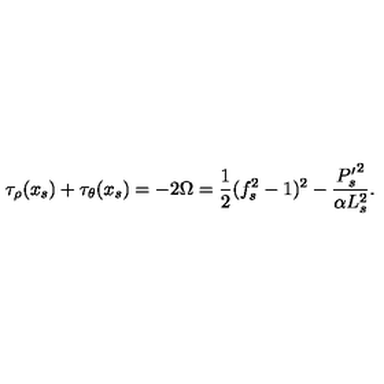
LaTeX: \tau _ { \rho } ( x _ { s } ) + \tau _ { \theta } ( x _ { s } ) = - 2 \Omega = \frac { 1 } { 2 } ( f _ { s } ^ { 2 } - 1 ) ^ { 2 } - \frac { { P _ { s } ^ { \prime } } ^ { 2 } } { \alpha L _ { s } ^ { 2 } } .